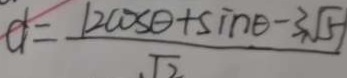
d = \frac { \vert 2 \cos \theta + \sin \theta - 3 \sqrt { 5 } \vert } { \sqrt { 2 } }